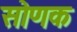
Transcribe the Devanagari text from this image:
सोणक